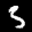
Label: 3